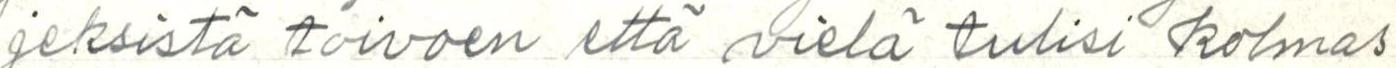
jeksistä toivoen että vielä tulisi kolmas